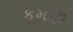
કમોડી